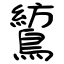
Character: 鶭